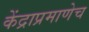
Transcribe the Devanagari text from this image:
केंद्राप्रमाणेच